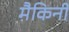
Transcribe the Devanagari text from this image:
मैकिनी